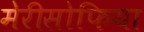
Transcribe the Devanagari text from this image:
मेरीसोफिया